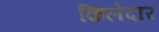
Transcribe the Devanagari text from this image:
क़िलेदार